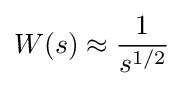
W(s)\approx {\frac {1}{s^{1/2}}}